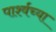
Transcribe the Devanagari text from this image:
पार्श्वच्या